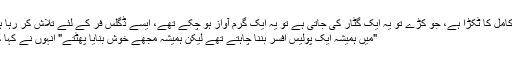
وہ کامل کا ٹکڑا ہے، جو کڑے تو یہ ایک گٹار کی جاتی ہے تو یہ ایک گرم آواز ہو چکے تھے، اِیسے ڈگلس فر کے لئے تلاش کر رہا ہے.
"میں ہمیشہ ایک پولیس افسر بننا چاہتے تھے لیکن ہمیشہ مجھے خوش بنایا پھٹتے" انہوں نے کہا کہ ۔